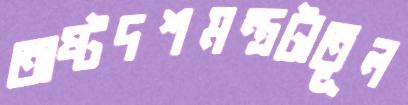
অষ্টদশমন্ত্রটাতূল